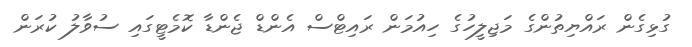
ގުޅިގެން ރައްޔިތުންގެ މަޖިލީހުގެ ހިއުމަން ރައިޓްސް އެންޑް ޖެންޑާ ކޮމެޓީގައި ސުވާލު ކުރަން